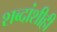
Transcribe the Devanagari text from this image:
शब्दांशीही